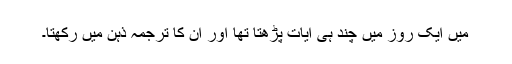
میں ایک روز میں چند ہی آیات پڑھتا تھا اور ان کا ترجمہ ذہن میں رکھتا۔